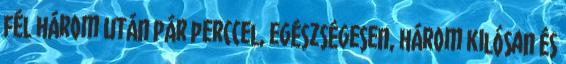
fél három után pár perccel, egészségesen, három kilósan és